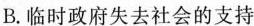
B.临时政府失去社会的支持